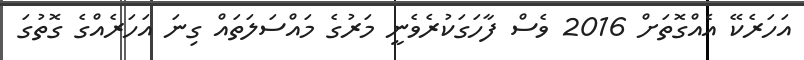
އަހަރެކޭ އެއްގޮތަށް 2016 ވެސް ފާހަގަކުރެވެނީ މަރުގެ މައްސަލަތައް ގިނަ އަހަރެއްގެ ގޮތުގަ